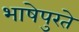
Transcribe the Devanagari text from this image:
भाषेपुरते